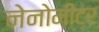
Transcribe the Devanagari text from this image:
नेनोमीटर